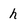
Character: h